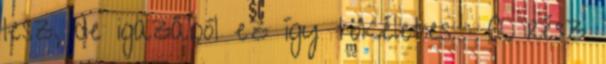
lesz, de igazából ez így tökéletes : A rész